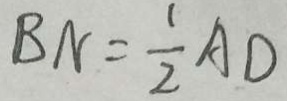
B N = \frac { 1 } { 2 } A D